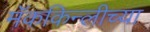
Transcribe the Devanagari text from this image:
मॅककिन्लीच्या